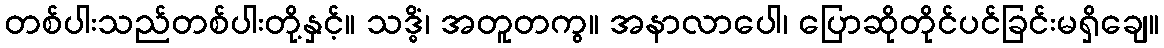
တစ်ပါးသည်တစ်ပါးတို့နှင့်။ သဒ္ဓိံ၊ အတူတကွ။ အနာလာပေါ၊ ပြောဆိုတိုင်ပင်ခြင်းမရှိချေ။